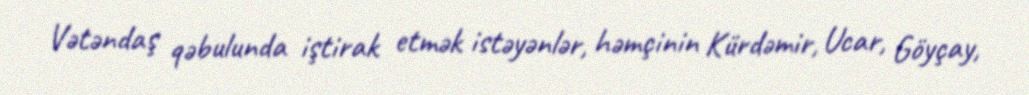
Vətəndaş qəbulunda iştirak etmək istəyənlər, həmçinin Kürdəmir, Ucar, Göyçay,